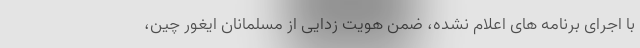
با اجرای برنامه های اعلام نشده، ضمن هویت زدایی از مسلمانان ایغور چین،